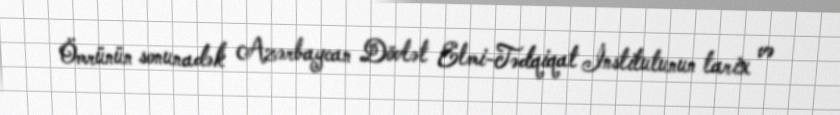
Ömrünün sonunadək Azərbaycan Dövlət Elmi-Tədqiqat İnstitutunun tarix və